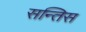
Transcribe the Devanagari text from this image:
सन्तिस